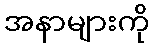
အနာများကို